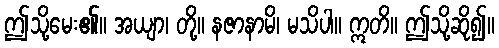
ဤသို့မေး၏။ အယျာ၊ တို့။ နဇာနာမိ၊ မသိပါ။ ဣတိ။ ဤသို့ဆို၍။